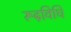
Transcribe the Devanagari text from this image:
रूढ़विधि